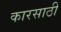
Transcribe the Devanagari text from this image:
कारसाठी